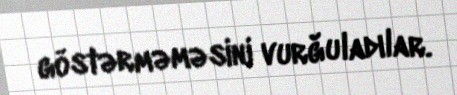
göstərməməsini vurğuladılar.